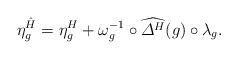
LaTeX: \begin{align*}\eta^{\hat{H}}_g = \eta^H_g + \omega_g^{-1} \circ \widehat{\varDelta^H}(g) \circ \lambda_g.\end{align*}